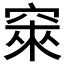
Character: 𱷅